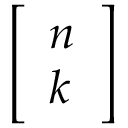
\left[ { \begin{array} { l } { n } \\ { k } \end{array} } \right]